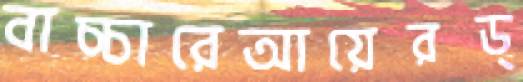
বাচ্চারেআয়েরড্